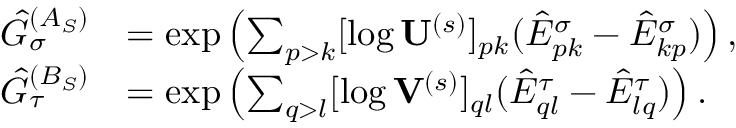
\begin{array} { r l } { \hat { G } _ { \sigma } ^ { ( A _ { S } ) } } & { = \exp \left( \sum _ { p > k } [ \log \mathbf { U } ^ { ( s ) } ] _ { p k } ( \hat { E } _ { p k } ^ { \sigma } - \hat { E } _ { k p } ^ { \sigma } ) \right) , } \\ { \hat { G } _ { \tau } ^ { ( B _ { S } ) } } & { = \exp \left( \sum _ { q > l } [ \log \mathbf { V } ^ { ( s ) } ] _ { q l } ( \hat { E } _ { q l } ^ { \tau } - \hat { E } _ { l q } ^ { \tau } ) \right) . } \end{array}